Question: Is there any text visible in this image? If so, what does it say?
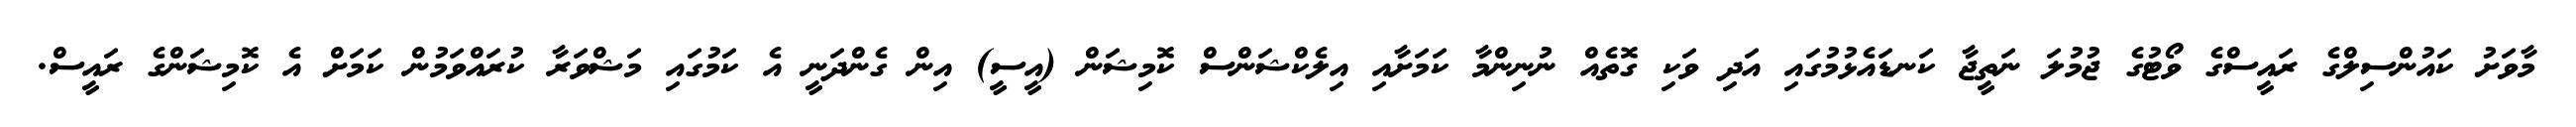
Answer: މާވަށު ކައުންސިލްގެ ރައީސްގެ ވޯޓުގެ ޖުމުލަ ނަތީޖާ ކަނޑައެޅުމުގައި އަދި ވަކި ގޮތެއް ނުނިންމާ ކަމަށާއި އިލެކްޝަންސް ކޮމިޝަން (އީސީ) އިން ގެންދަނީ އެ ކަމުގައި މަޝްވަރާ ކުރައްވަމުން ކަމަށް އެ ކޮމިޝަންގެ ރައީސް.